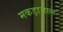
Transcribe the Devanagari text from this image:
मकड़ाजाल